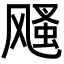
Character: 𩙫